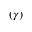
( \gamma )